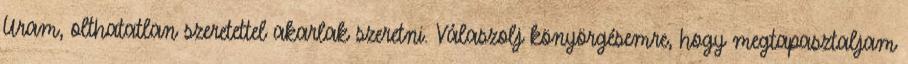
Uram, olthatatlan szeretettel akarlak szeretni. Válaszolj könyörgésemre, hogy megtapasztaljam